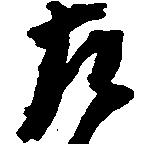
左